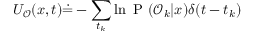
{ U _ { \mathcal { O } } ( x , t ) \dot { = } - \sum _ { t _ { k } } \ln \mathrm { ~ P ~ } ( \mathcal { O } _ { k } | x ) \delta ( t - t _ { k } ) }